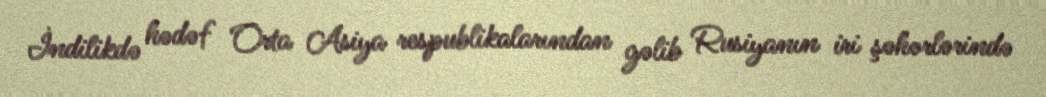
İndilikdə hədəf Orta Asiya respublikalarından gəlib Rusiyanın iri şəhərlərində